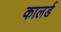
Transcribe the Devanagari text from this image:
कालर्ड